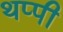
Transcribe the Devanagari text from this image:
थप्पी